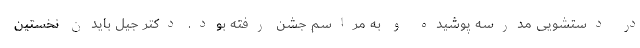
در دستشویی مدرسه پوشیده و به مراسم جشن رفته بود. دکتر جیل بایدن نخستین